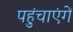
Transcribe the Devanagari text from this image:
पहुंचाएंगें